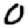
Digit: 0